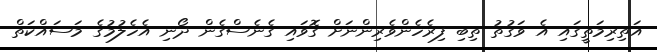
އަތިރިމަތީގައި އެ ވަގުތު ތިބި ފިރެހެންވެރިންނަށް ގޮވައި ގެނެސްގެން ދޯނި އެހެލުމުގެ މަސައްކަތް